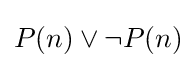
P(n)\lor \neg P(n)